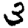
Digit: 3